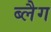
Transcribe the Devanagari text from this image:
ब्लैग